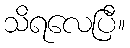
သိရလေပြီ။